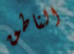
الناطق